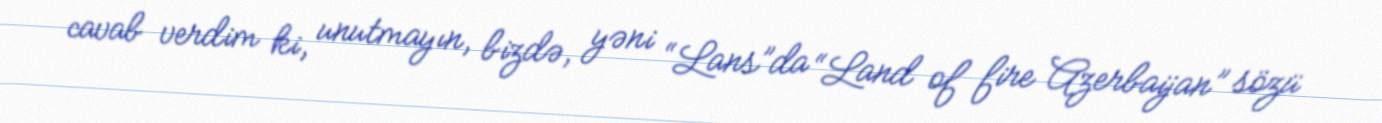
cavab verdim ki, unutmayın, bizdə, yəni “Lans”da “Land of fire Azerbaijan” sözü